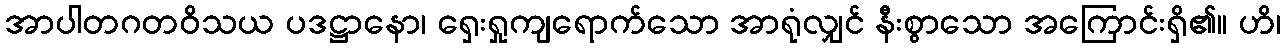
အာပါတဂတဝိသယ ပဒဋ္ဌာနော၊ ရှေးရှုကျရောက်သော အာရုံလျှင် နီးစွာသော အကြောင်းရှိ၏။ ဟိ၊